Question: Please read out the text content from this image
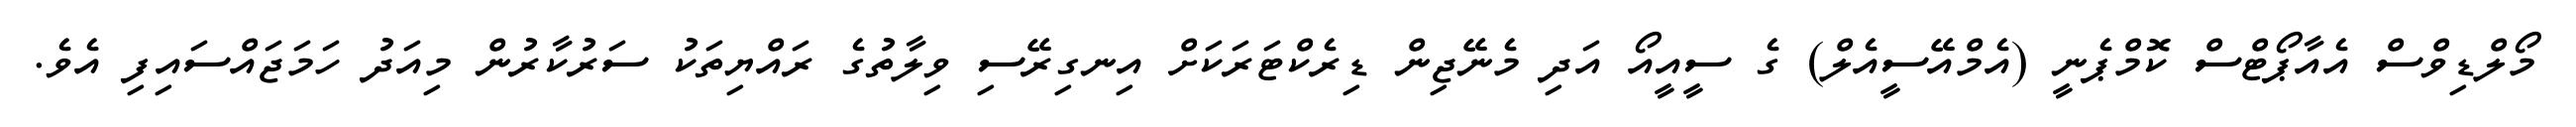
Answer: މޯލްޑިވްސް އެއާޕޯޓްސް ކޮމްޕެނީ (އެމްއޭސީއެލް) ގެ ސީއީއޯ އަދި މެނޭޖިން ޑިރެކްޓަރަކަށް އިނގިރޭސި ވިލާތުގެ ރައްޔިތަކު ސަރުކާރުން މިއަދު ހަމަޖައްސައިފި އެވެ.